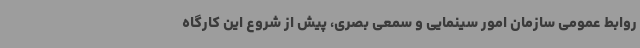
روابط عمومی سازمان امور سینمایی و سمعی بصری، پیش از شروع این کارگاه